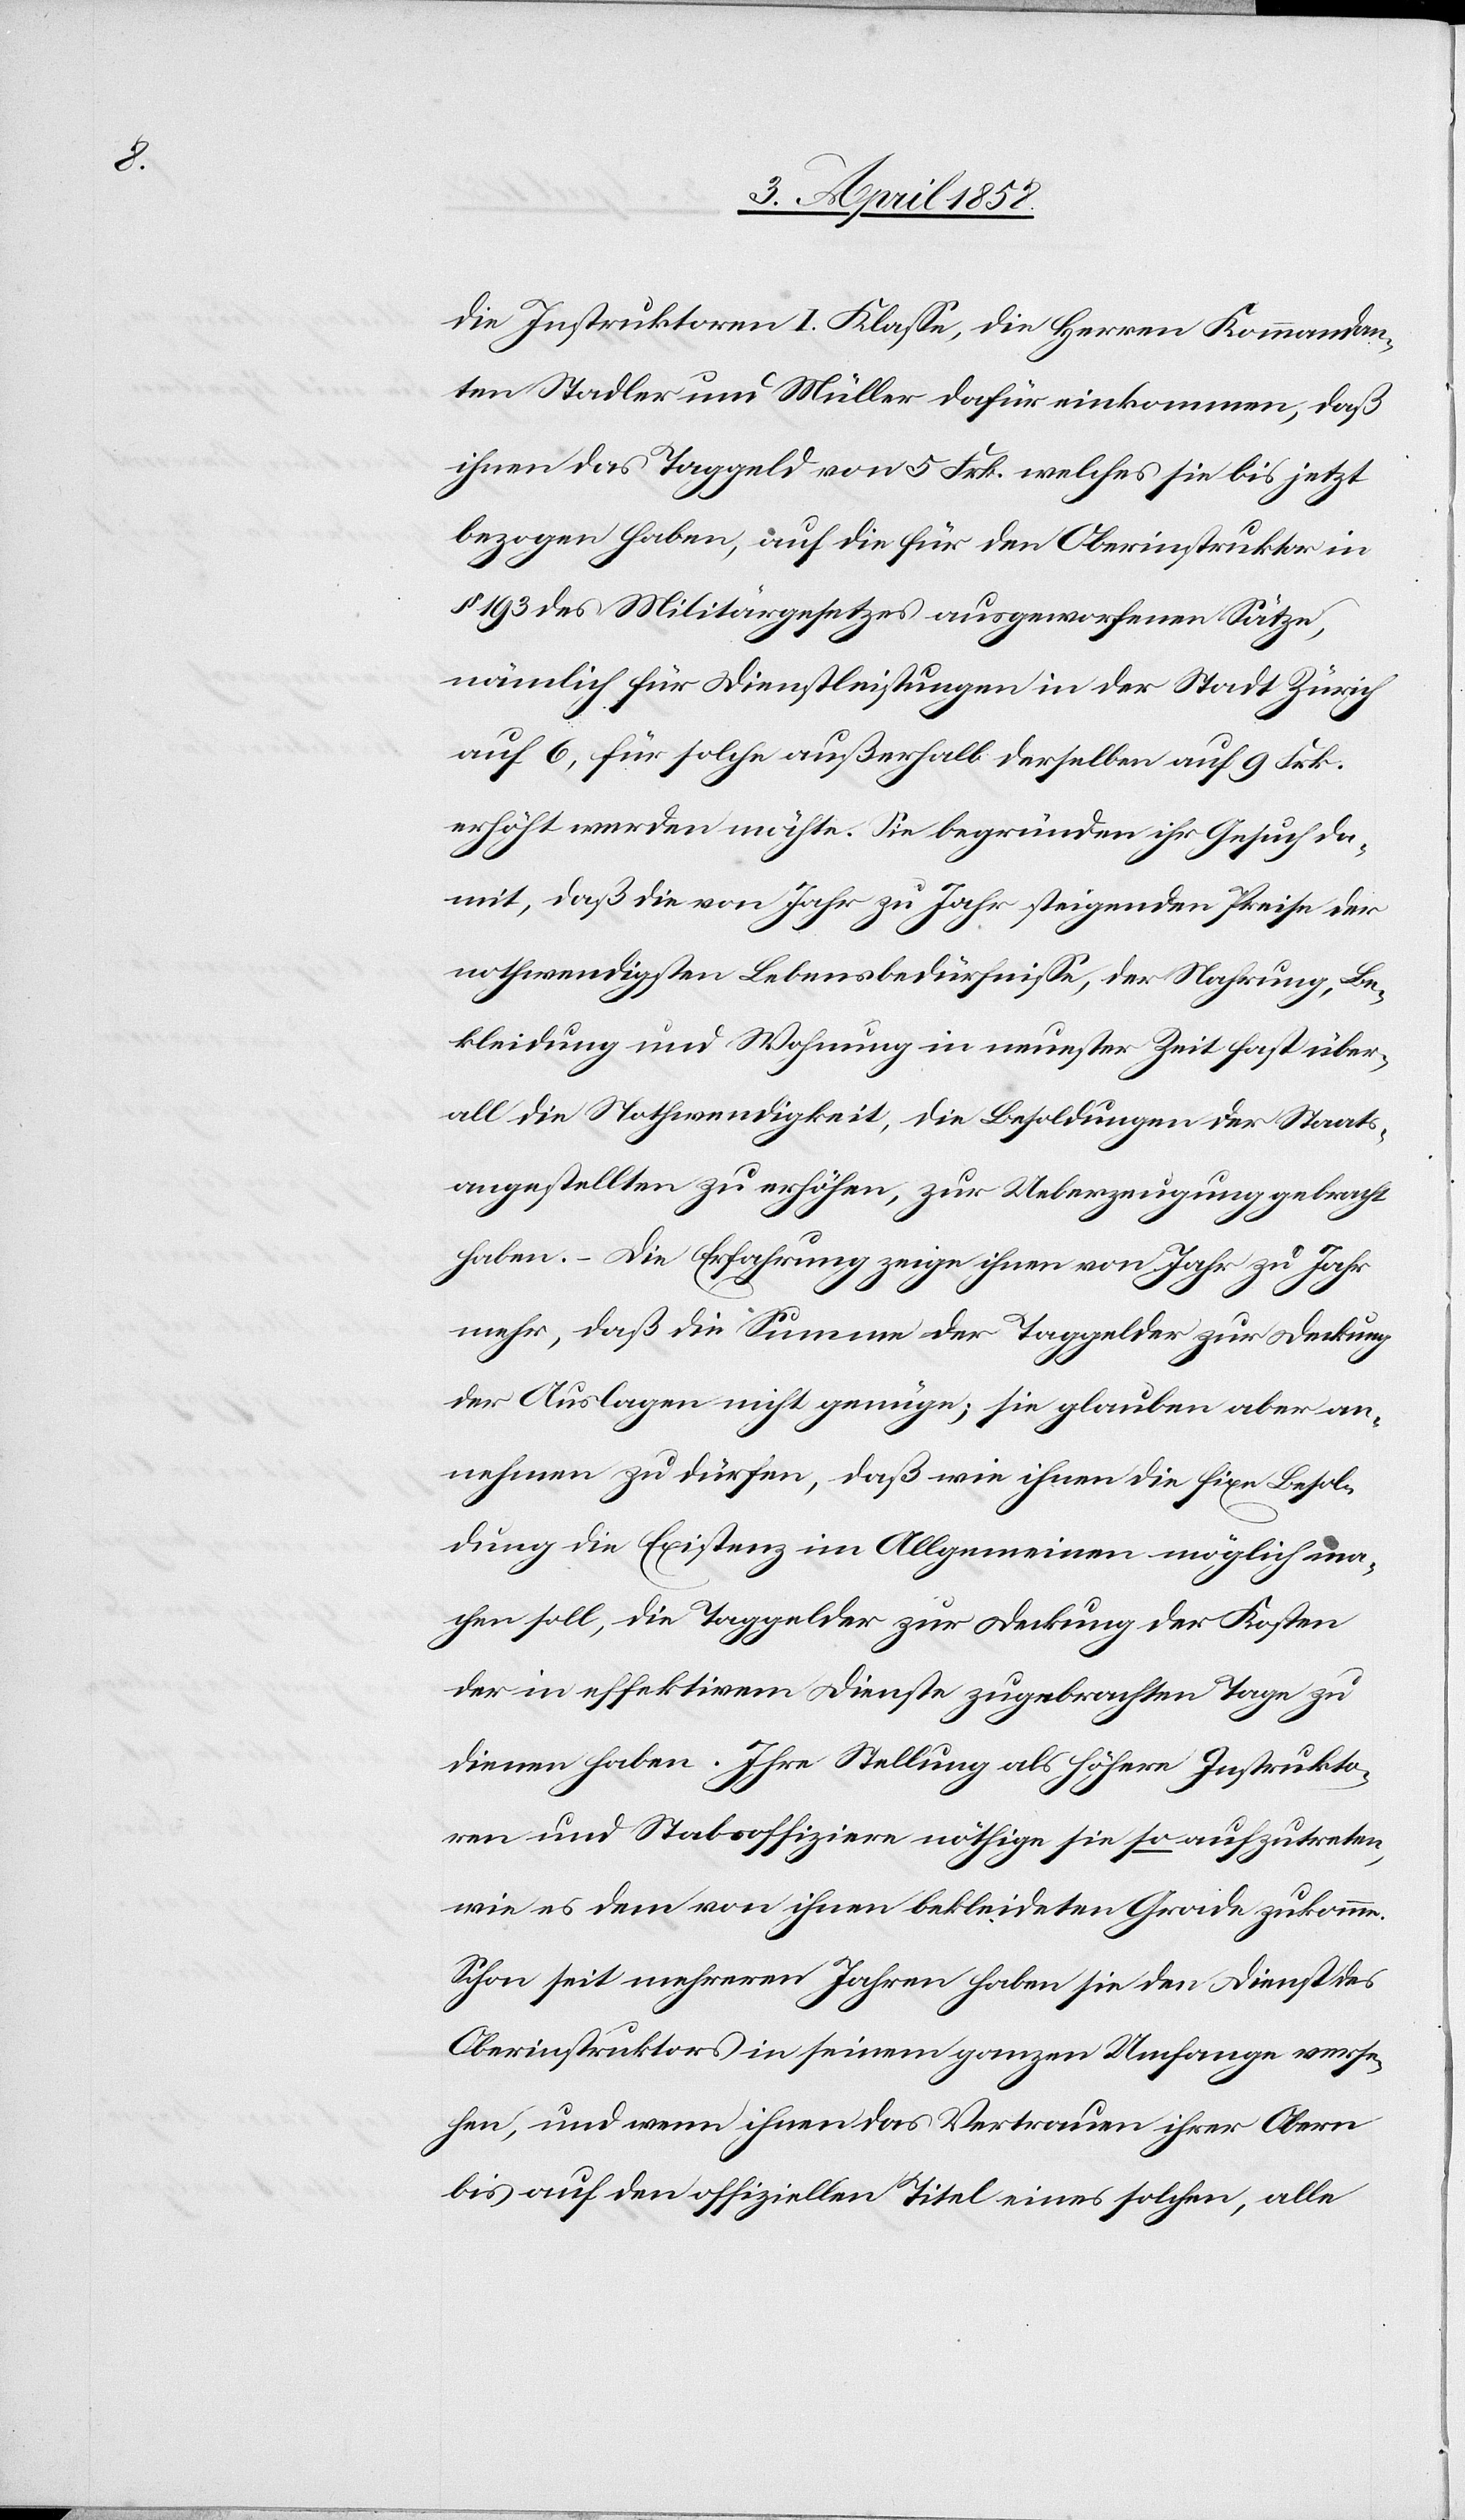
die Instruktoren I. Klasse, die Herren Kommandan¬
ten Stadler und Müller dafür einkommen, daß
ihnen das Taggeld von 5 Frk. welches sie bis jetzt
bezogen haben, auf die für den Oberinstruktor in
§ 193 des Militärgesetzes ausgeworfenen Sätze,
nämlich für Dienstleistungen in der Stadt Zürich
auf 6, für solche außerhalb derselben auf 9 Frk.
erhöht werden möchte. Sie begründen ihr Gesuch da¬
mit, daß die von Jahr zu Jahr steigenden Preise der
nothwendigsten Lebensbedürfnisse, der Nahrung, Be¬
kleidung und Wohnung in neuester Zeit fast über¬
all die Nothwendigkeit, die Besoldungen der Staats¬
angestellten zu erhöhen, zur Ueberzeugung gebracht
haben. – Die Erfahrung zeige ihnen von Jahr zu Jahr
mehr, daß die Summe der Taggelder zur Deckung
der Auslagen nicht genüge; sie glauben aber an¬
nehmen zu dürfen, daß wie ihnen die fixe Besol¬
dung die Existenz im Allgemeinen möglich ma¬
chen soll, die Taggelder zur Deckung der Kosten
der in effektivem Dienste zugebrachten Tage zu
dienen haben. Ihre Stellung als höhere Instrukto¬
ren und Stabsoffiziere nöthige sie so aufzutreten,
wie es dem von ihnen bekleideten Grade zukomme.
Schon seit mehreren Jahren haben sie den Dienst des
Oberinstruktors in seinem ganzen Umfange verse¬
hen, und wenn ihnen das Vertrauen ihrer Obern
bis auf den offiziellen Titel eines solchen, alle